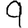
Digit: 9